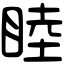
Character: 睦